Leaving Certificate Examination, 1907
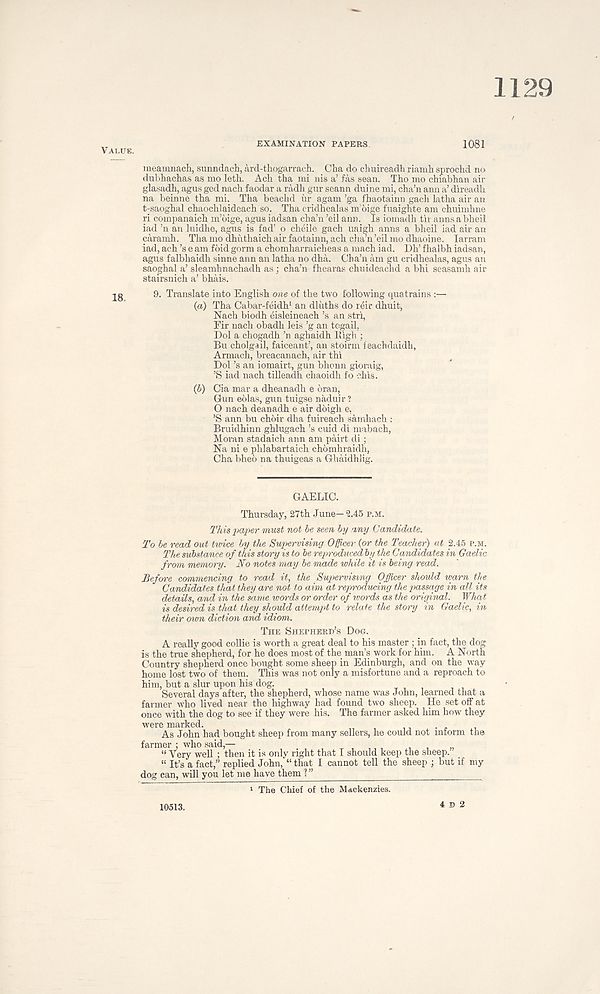
1129
Value.
EXAMINATION PAPERS
1081
raeamnach, sunndaah, ard-thogarrach. Cha do clmireadh riamh sprochd no
dubhachas as mo leth. Ach tha mi nis a’ fas sean. Tho mo chiabban air
glasadh, agus ged nach faodar a radh gur seann duine mi, cha’n ann a’ direadli
na beinne tha mi. Tha beachd ur agam ’ga fhaotainn gach latha air an
t-saoghal chaochlaideach so. Tha cridhealas nfoige fuaighte am chuimhne
ri companaich m’oige, agus iadsan cha’n ’eil ann. Is iomadh tir annsabheil
iad ’n an luidhe, agus is fad’ o cheile gach uaigh anns a bheil iad air an
caramh. Tha mo dhuthaich air faotainn, ach cha’n ’eil mo dhaoine. larram
iad, ach’s e am foid gorm a chomharraicheas a raach iad. Dh’ fhalbh iadsan,
agus falbhaidh sinne ann an latha no dha. Cha’n am gu cridhealas, agus an
saoghal a’ sleamhnachadh as; cha’n fhearas chuideachd a bhi seasamh air
stairsnich a’ bhais.
9. Translate into English one of the two following quatrains :—
(a) Tha Cabar-feidh 1 an dluths do reir dhuit,
Nach biodh eisleineach’s an stri,
Fir nach obadh leis ’g an togail,
Dol a chogadh ’n aghaidh High ;
Bu cholgail, faiceant’, an stoirm feachdaidh,
Armach, breacanach, air thi
Dol’s an iomairt, gun bhonn gioraig,
’S iad nach tilleadh chaoidh fo chis.
{b) Cia mar a dheanadh e bran,
Gun eblas, gun tuigse naduir ?
O nach deanadh e air doigh e.
’S ann bu choir dha fuireach samhach :
Bmidhinn ghlugach’s cuid di mabach,
Moran stadaich ann am pairt di ;
Na ni e phlabartaich chomhraidh,
Cha bheo na thuigeas a Ghaidhiig.
GAELIC.
Thursday, 27th June—2.45 p.m.
This paper must not be seen by any Candidate.
To be read out twice by the Supervising Officer (or the Teacher) at 2.45 p.m.
The substance of this story is to be reproduced by the Candidates in Gaelic
from memory. No notes may be made while it is being read.
Before commencing to read it, the Supervising Officer should warn the
Candidates that they are not to aim at reproducing the passage in all its
details, and* in the same words or order of words as the original. What
is desired is that they should attempt to relate the story in Gaelic, in
their own diction and idiom.
The Shepherd’s Dog.
A really good collie is worth a great deal to his master; in fact, the dog
is the true shepherd, for he does most of the man’s work for him. A North
Country shepherd once bought some sheep in Edinburgh, and on the way
home lost two of them. This was not only a misfortune and a reproach to
him, but a slur upon his dog.
Several days after, the shepherd, whose name was John, learned that a
farmer who lived near the highway had found two sheep. He set off at
once with the dog to see if they were his. The farmer asked him how they
were marked.
As John had bought sheep from many sellers, he could not inform the
farmer ; who said,—
‘f Very well ; then it is only right that I should keep the sheep.
“ It’s a fact,” replied John, “ that I cannot tell the sheep ; but if my
dog can, will you let me have them ? ”
1 The Chief of the Mackenzies.
10513.
4 D 2